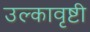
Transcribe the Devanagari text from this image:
उल्कावृष्टी